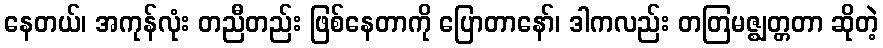
နေတယ်၊ အကုန်လုံး တညီတည်း ဖြစ်နေတာကို ပြောတာနော်၊ ဒါကလည်း တတြမဇ္ဈတ္တတာ ဆိုတဲ့